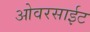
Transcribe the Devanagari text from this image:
ओवरसाईट